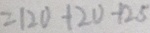
= 1 2 0 + 2 0 - 1 2 5